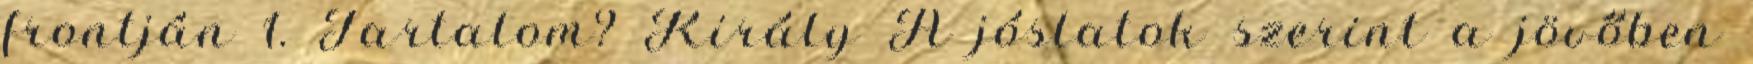
frontján 1. Tartalom? Király A jóslatok szerint a jövőben